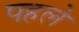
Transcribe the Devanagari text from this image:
पहलेे